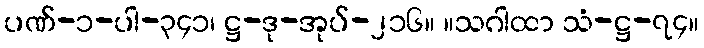
ပဏ်-၁-ပါ-၃၄၁၊ ဋ္ဌ-ဒု-အုပ်-၂၁၆။ ။သဂါထာ သံ-ဋ္ဌ-၇၄။